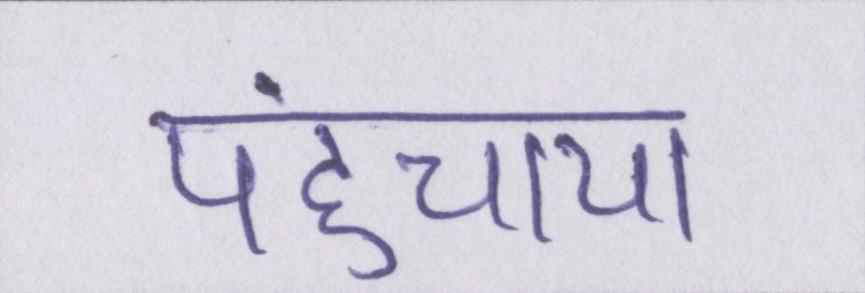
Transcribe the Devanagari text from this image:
पहुंचाया